Statistical return of the lunatic asylum in Assam - 1912-1932
Year: 1912
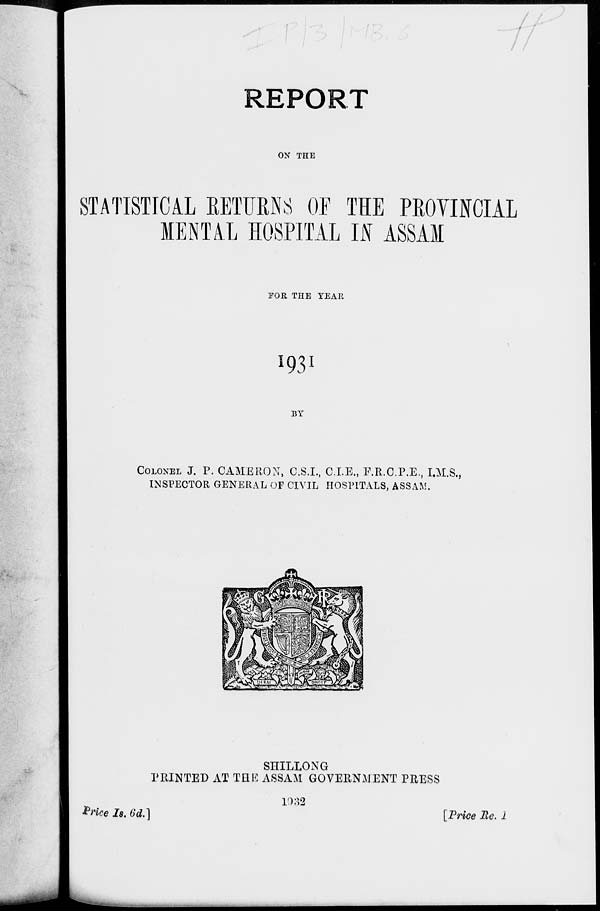
REPORT
ON THE
STATISTICAL RETURNS OF THE PROVINCIAL
MENTAL HOSPITAL Iff ASSAM
EOR THE YEAR
193 1
BY
COLONEL J. P. CAMERON, C.S.L, C.I.E., F.R.C.P.E., I.M.S.,
INSPECTOR GENERAL OF CIVIL HOSPITALS, ASSAM.
SHILLONG
PRINTED AT THE ASSAM GOVERNMENT PRESS
*rice Is. 6d.]
1032
[Price Be. 1